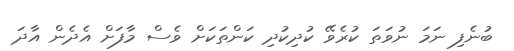
ބުނެފި ނަމަ ނުވަތަ ކުރެވޭ ކުދިކުދި ކަންތަކަށް ވެސް މާފަށް އެދެން އާދަ